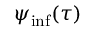
\psi _ { \mathrm { i n f } } ( \tau )